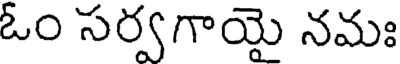
ఓం సర్వగాయై నమః